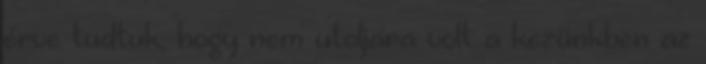
érve tudtuk, hogy nem utoljára volt a kezünkben az